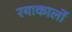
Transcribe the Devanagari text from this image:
रयाकार्लो